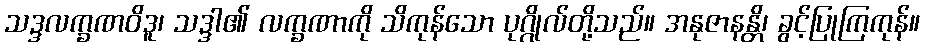
သဒ္ဒလက္ခဏဝိဒူ၊ သဒ္ဒါ၏ လက္ခဏာကို သိကုန်သော ပုဂ္ဂိုလ်တို့သည်။ အနုဇာနန္တိ၊ ခွင့်ပြုကြကုန်။